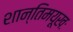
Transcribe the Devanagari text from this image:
शान्तिमयूखः